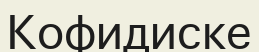
Кофидиске